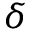
\delta